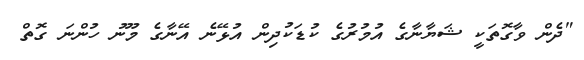
"ދެން ވާގޮތަކީ ޝަޔާނާގެ އުމުރުގެ ކުޑަކުދިން އުޅޭނެ އޭނާގެ މޫނު ހުންނަ ގޮތް